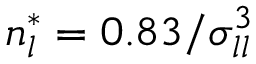
n _ { l } ^ { * } = 0 . 8 3 / \sigma _ { l l } ^ { 3 }